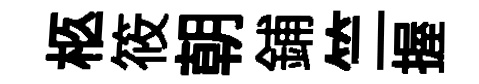
柩筱朝鋪竺握